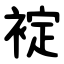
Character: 䘺